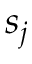
s _ { j }